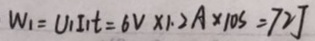
W _ { 1 } = U _ { 1 } I _ { 1 } t = 6 V \times 1 . 2 A \times 1 0 s = 7 2 J